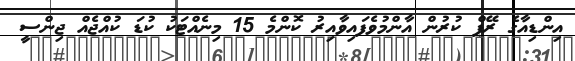
އިންޑިއާގެ ރޭޕް ކުރުން އާންމުވެފައިވާއިރު ކޮންމެ 15 މިނެއްޓަކު ކުޑަ ކުއްޖެއް ޖިންސީ